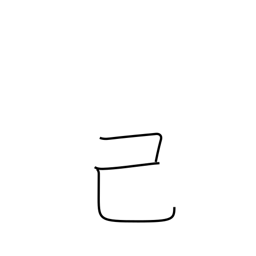
Meaning: self